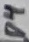
Text: D4